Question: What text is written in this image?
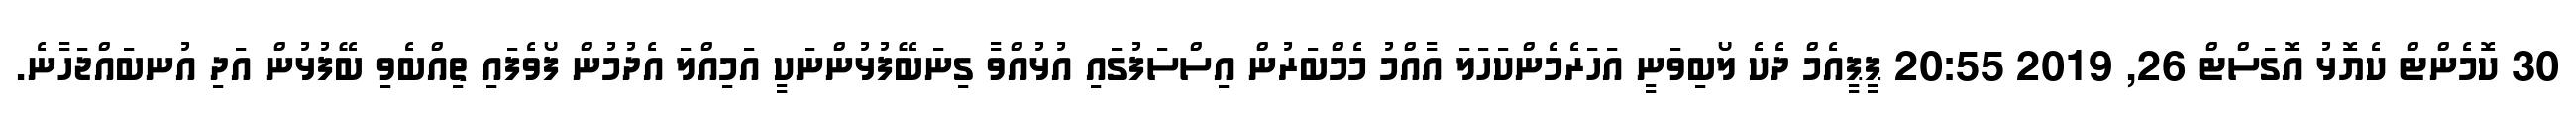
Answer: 30 ކޮމެންޓް ކެޔޮޅު އޮގަސްޓް 26, 2019 20:55 ޕީޕީއެމް ދެކެ ލޯބިވަނީ އަހަރެމެންކަހަލަ އާއްމު މެމްބަރުން އިސްސަފުގައި އުޅުއްވާ ގިނަބޭފުޅުންނަކީ އަމިއްލަ އެދުމުން ފޯވެފައި ތިއްބެވި ބޭފުޅުން އަދި އުނބައްޖަހާނެ.